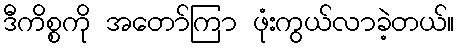
ဒီကိစ္စကို အတော်ကြာ ဖုံးကွယ်လာခဲ့တယ်။